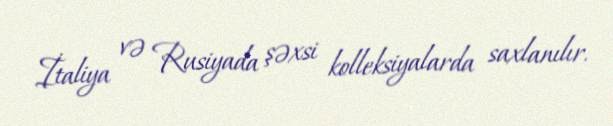
İtaliya və Rusiyada şəxsi kolleksiyalarda saxlanılır.